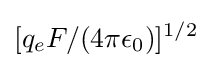
[q_{e}F/(4\pi \epsilon _{0})]^{1/2}